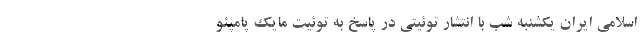
اسلامی ایران یکشنبه شب با انتشار توئیتی در پاسخ به توئیت مایک پامپئو